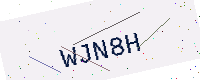
Text: WJN8H